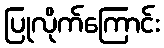
ပြုလိုက်ကြောင်း